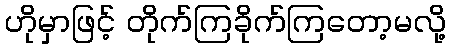
ဟိုမှာဖြင့် တိုက်ကြခိုက်ကြတော့မလို့